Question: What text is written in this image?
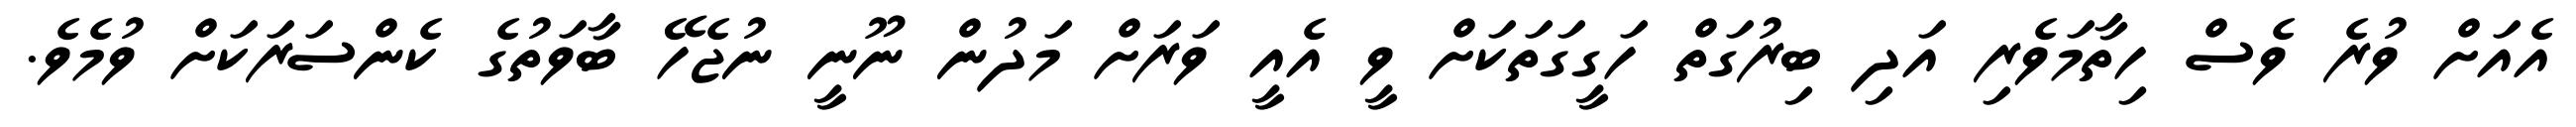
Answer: އެއަށް ވުރެ ވެސް ހިތާމަވެރި އަދި ބިރުގަތް ހަގީގަތަކަށް ވީ އެއީ ވަރަށް މަދުން ނޫނީ ނުޖެހޭ ބާވަތުގެ ކެންސަރަކަށް ވުމެވެ.